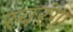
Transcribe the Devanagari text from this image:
स्वरंगा